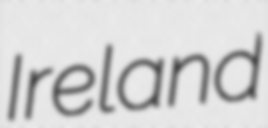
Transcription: Ireland